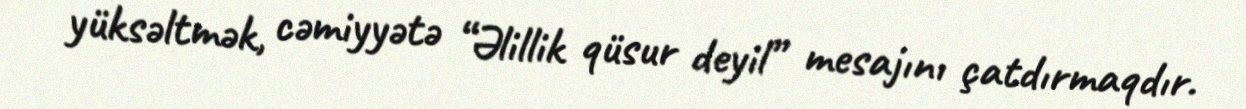
yüksəltmək, cəmiyyətə “Əlillik qüsur deyil” mesajını çatdırmaqdır.